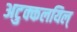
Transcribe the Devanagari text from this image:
अटुक्कलयिल्